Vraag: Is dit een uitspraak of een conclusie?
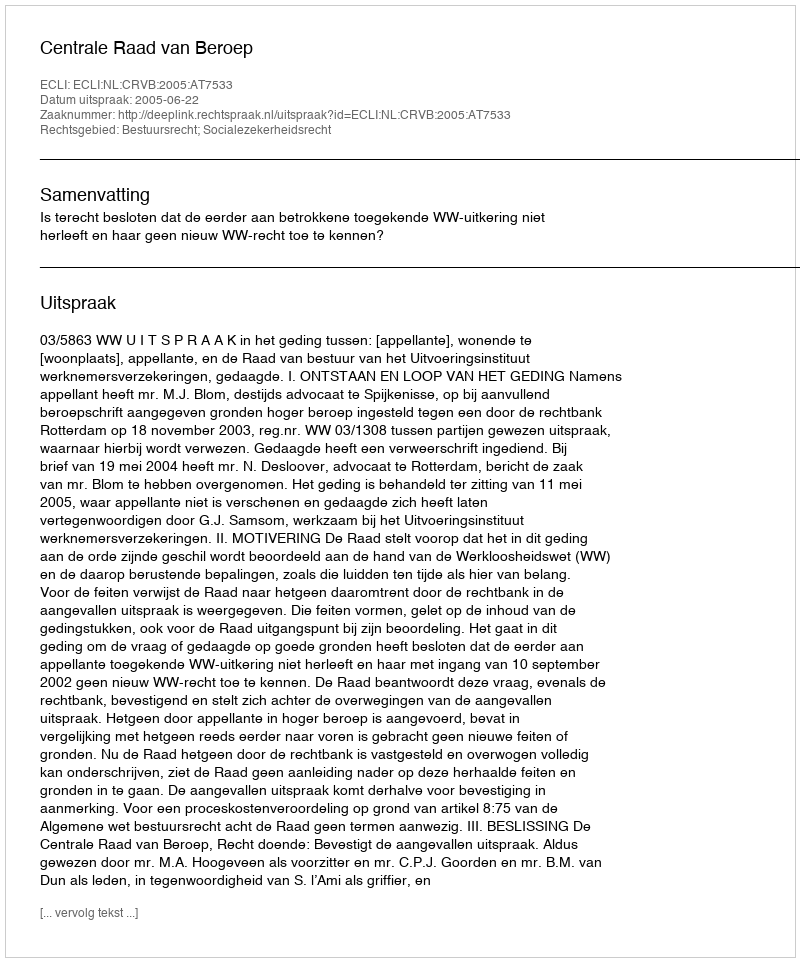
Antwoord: Uitspraak